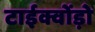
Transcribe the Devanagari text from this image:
टाईक्वोंड़ो